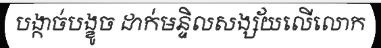
បង្កាច់បង្ខូច ដាក់មន្ទិលសង្ស័យលើលោក